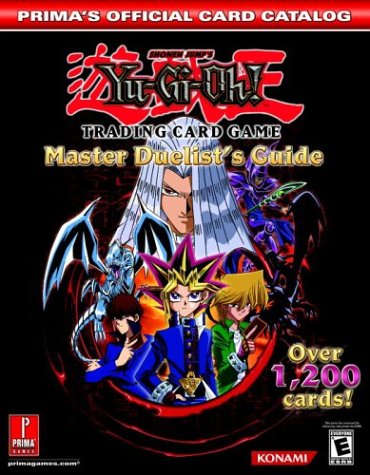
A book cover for Yu-Gi-Oh! Trading Card Game: Master Duelist's Guide (Prima's Official Card Catalog); Prima Games; Science Fiction & Fantasy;